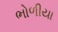
ભોળીયા